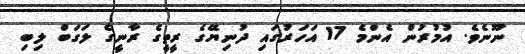
ނޫނެވެ. އުމުރުން އެންމެ 17 އަހަރުގައި ދުނިޔޭގެ ރީތީގެ ރާނީގެ ލަގަބް ލިބި